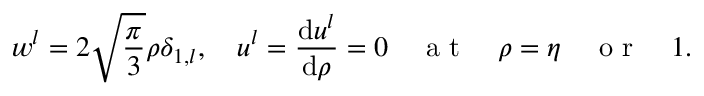
w ^ { l } = 2 \sqrt { \frac { \pi } { 3 } } \rho \delta _ { 1 , l } , \quad u ^ { l } = \frac { \mathrm { d } u ^ { l } } { \mathrm { d } \rho } = 0 \quad \mathrm { ~ a ~ t ~ } \quad \rho = \eta \quad \mathrm { ~ o ~ r ~ } \quad 1 .